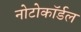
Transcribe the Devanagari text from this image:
नोटोकॉर्डल